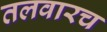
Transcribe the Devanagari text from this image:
तलवारच